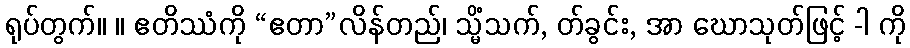
ရုပ်တွက်။ ။ ဧတိဿံကို “ဧတာ”လိန်တည်၊ သ္မိံသက်, တ်ခွင်း, အာ ဃောသုတ်ဖြင့် -ါ ကို